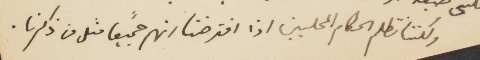
ولكننا نظلم الحكام المحليين اذا افترضنا انهم جميعًا مثل ما ذكرنا.